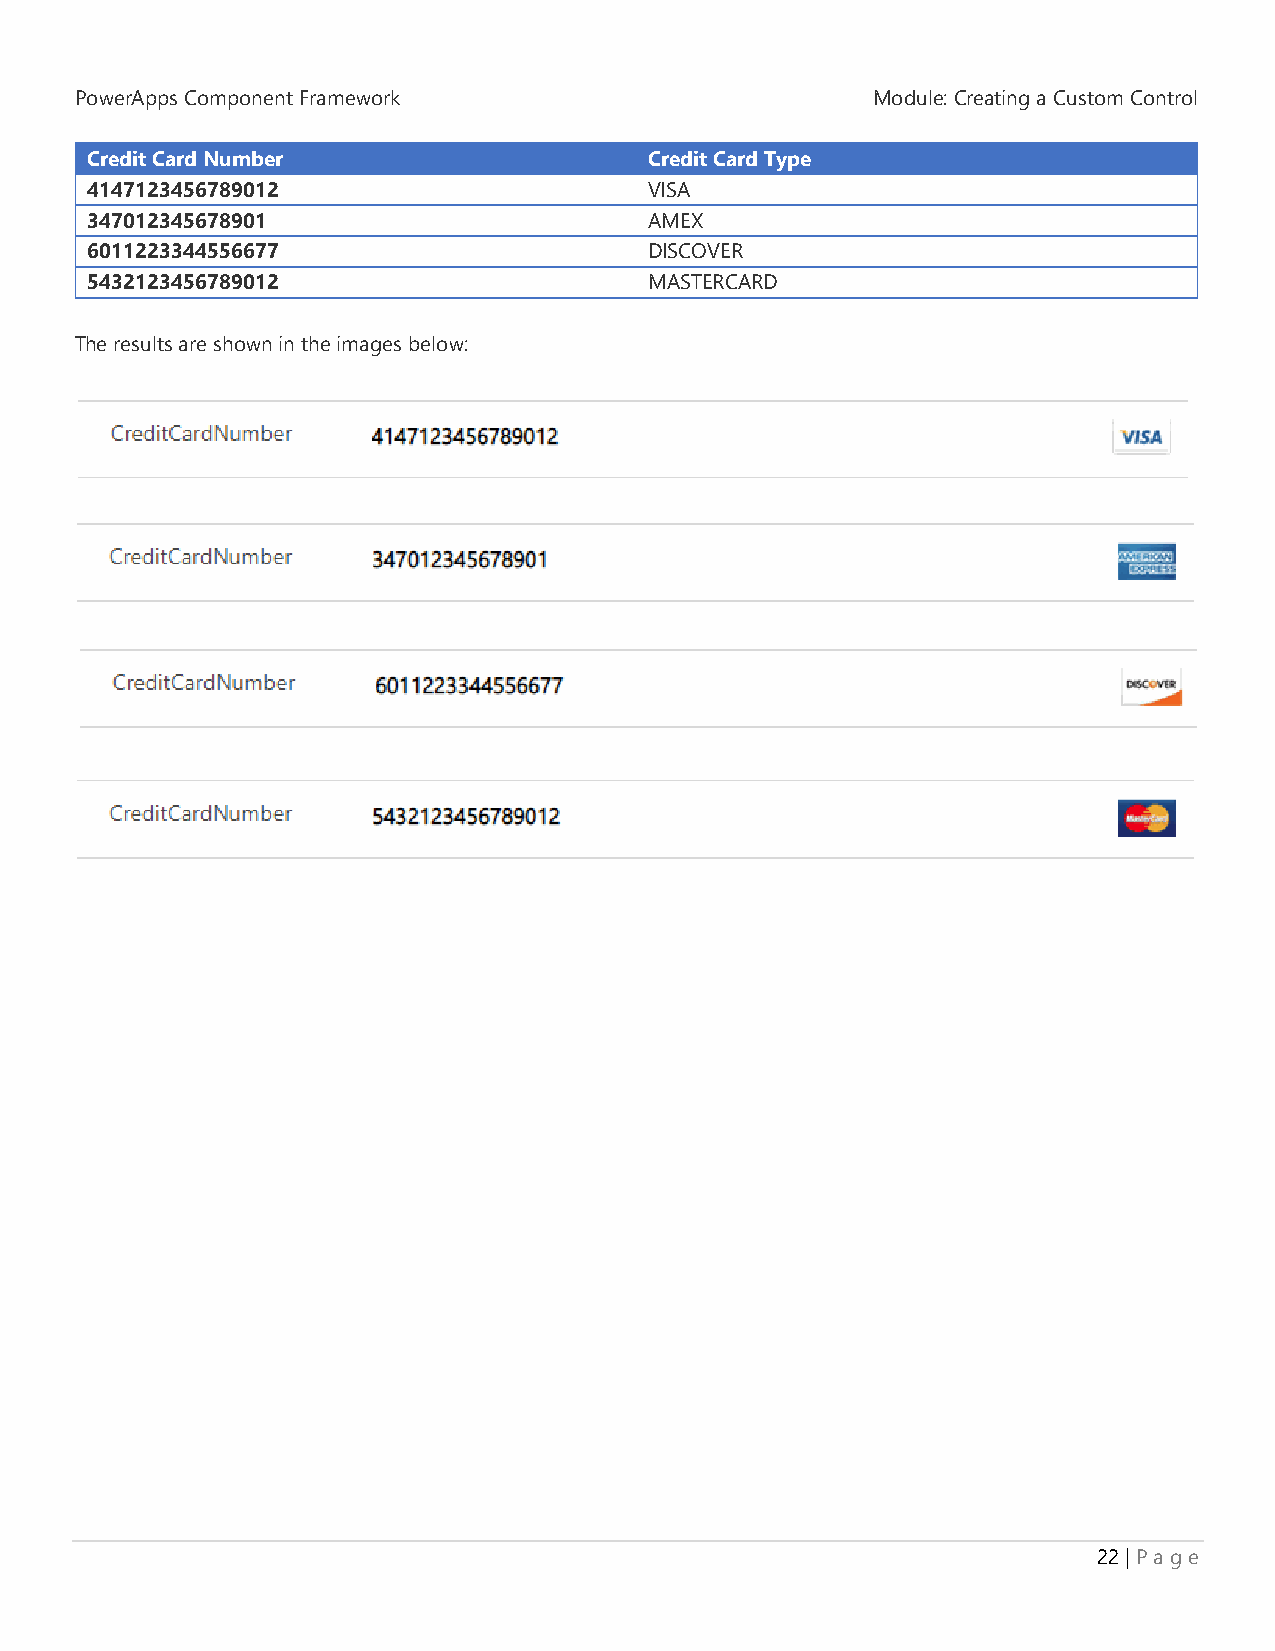
PowerApps Component Framework                        Module: Creating a Custom Control
 Credit Card Number                   Credit Card Type
 4147123456789012                     VISA
 347012345678901                      AMEX
 6011223344556677                     DISCOVER
 5432123456789012                     MASTERCARD
 The results are shown in the images below:
 22 | P a g e